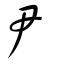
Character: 尹